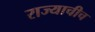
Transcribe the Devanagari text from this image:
राज्याचीच